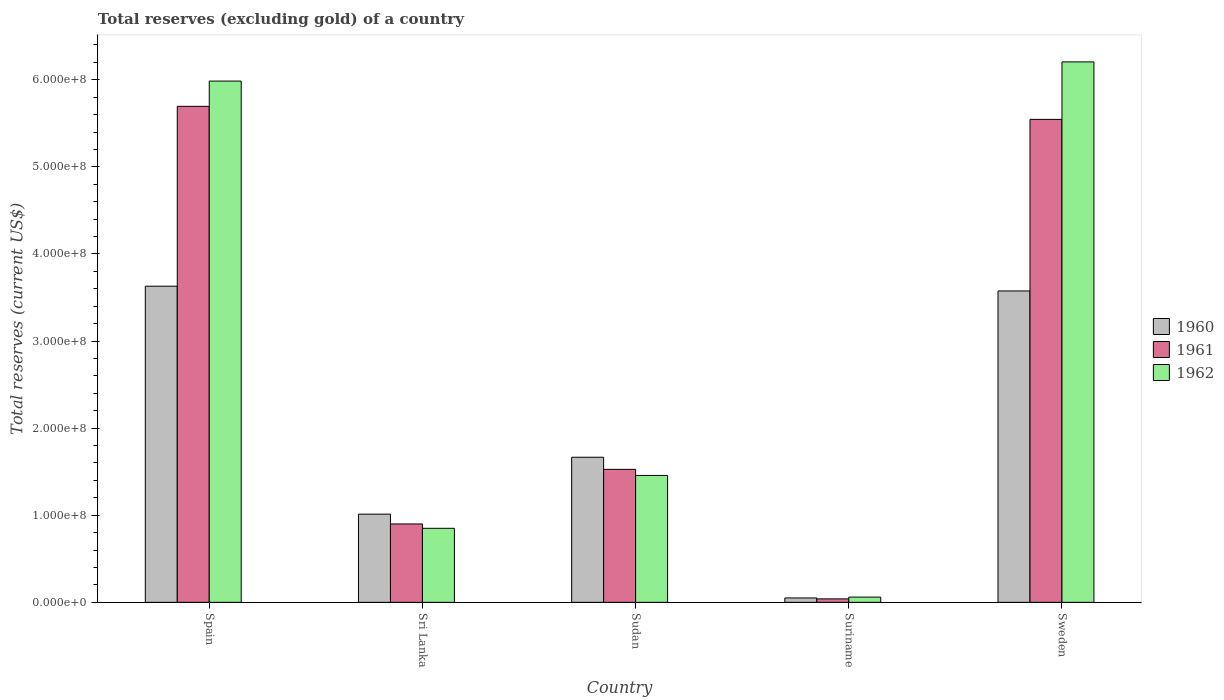
| Country | 1960 | 1961 | 1962 |
 | --- | --- | --- | --- |
 | Spain | 3.63e+08 | 5.7e+08 | 5.98e+08 |
 | Sri Lanka | 1.01e+08 | 9e+07 | 8.5e+07 |
 | Sudan | 1.67e+08 | 1.53e+08 | 1.46e+08 |
 | Suriname | 5.04e+06 | 3.96e+06 | 6.01e+06 |
 | Sweden | 3.58e+08 | 5.55e+08 | 6.21e+08 |